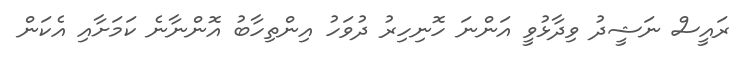
ރައީސް ނަޝީދު ވިދާޅުވީ އަންނަ ހޮނިހިރު ދުވަހު އިންތިހާބު އޮންނާނެ ކަމަށާއި އެކަން